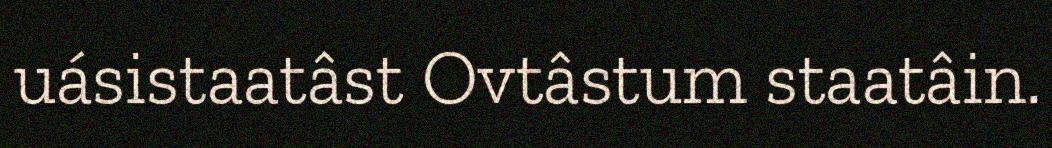
uásistaatâst Ovtâstum staatâin.